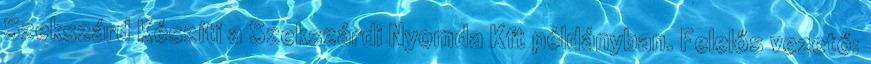
Szekszárd Készíti a Szekszárdi Nyomda Kft példányban. Felelős vezető: